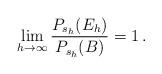
LaTeX: \begin{align*} \lim_{h\to\infty}\frac{P_{s_h}(E_h)}{P_{s_h}(B)}=1\,. \end{align*}